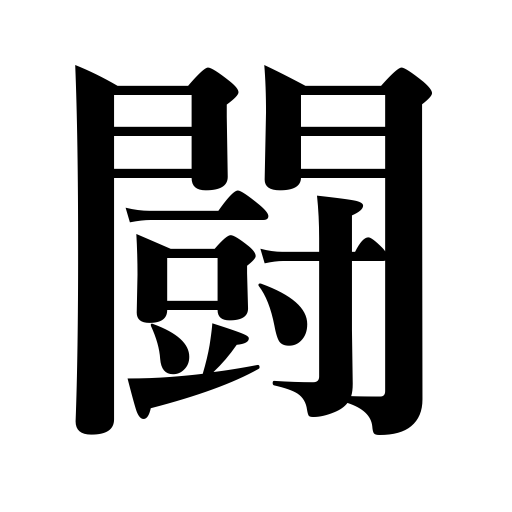
Meanings: fight,fighting,engage in a contest,struggle against,wage war